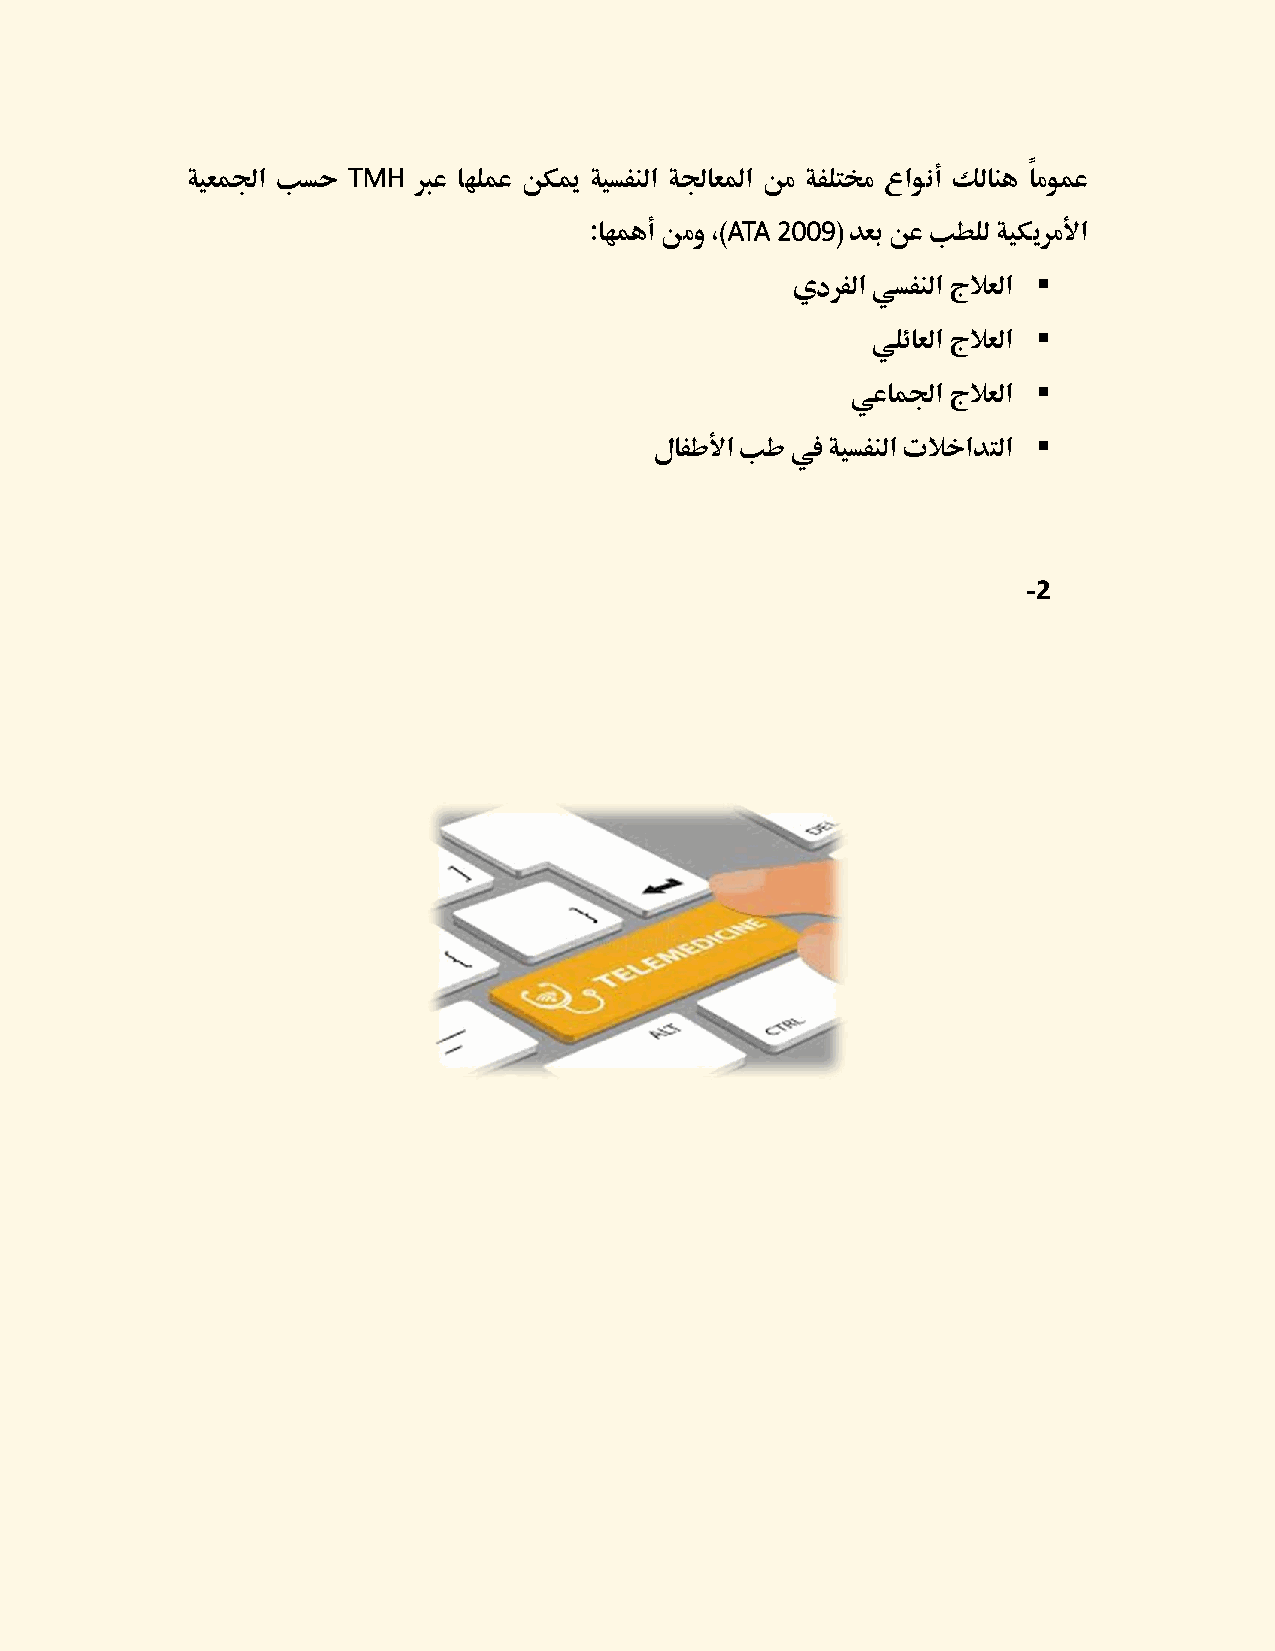
TMH
 ةيعملجا بسح    برع اهلمع نكيم ةيسفنلا ةلجاعلما نم ةفلتمخ عاونأ كلانه ًامومع
 ATA 2009
 :اهمهأ نمو ،)   ( دعب نع بطلل ةيكيرملأا
 ▪
 يدرفلا يسفنلا جلاعلا
 ▪
 يلئاعلا جلاعلا
 ▪
 يعاملجا جلاعلا
 ▪
 لافطلأا بط في ةيسفنلا تلاخادتلا
 -2